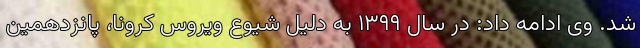
شد. وی ادامه داد: در سال ۱۳۹۹ به دلیل شیوع ویروس کرونا، پانزدهمین